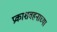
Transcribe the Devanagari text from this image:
प्रकाशवहनाच्या